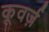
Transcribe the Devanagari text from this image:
कूवर्ज़